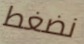
نضغط